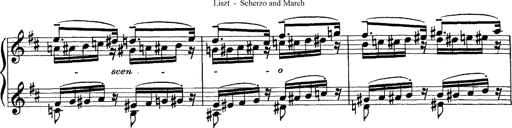
Title: Scherzo und Marsch
Composer: Franz Liszt